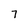
Character: 7